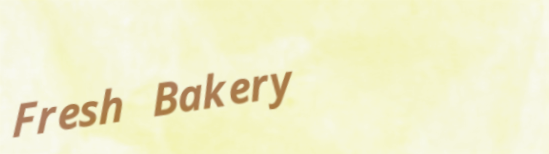
Fresh Bakery